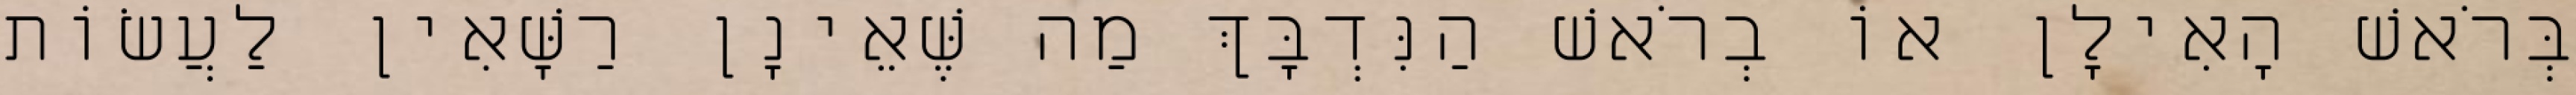
בְּרֹאשׁ הָאִילָן אוֹ בְרֹאשׁ הַנִּדְבָּךְ מַה שֶּׁאֵינָן רַשָּׁאִין לַעֲשׂוֹת